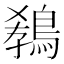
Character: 𪁡